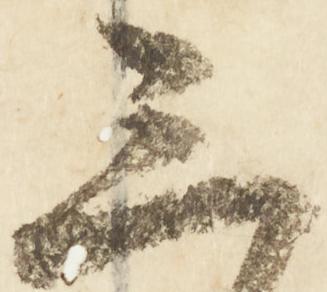
三